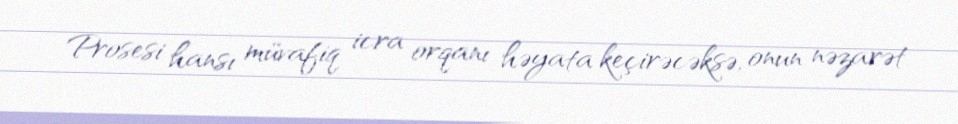
Prosesi hansı müvafiq icra orqanı həyata keçirəcəksə, onun nəzarət